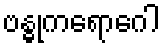
ဗန္ဓုကရောဂေါ